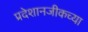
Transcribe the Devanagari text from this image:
प्रदेशानजीकच्या